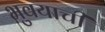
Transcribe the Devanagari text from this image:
भुवयाची